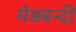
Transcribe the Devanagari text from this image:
मेड़बन्दी